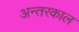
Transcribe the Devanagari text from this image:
अन्तरकाल